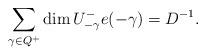
LaTeX: \begin{align*}\sum_{\gamma\in Q^+}\dim U^-_{-\gamma}e(-\gamma)=D^{-1}.\end{align*}